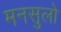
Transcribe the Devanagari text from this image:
मनसुलो